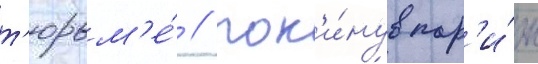
т'юрьм'е́ // Пок'и́нув пар'и́ж